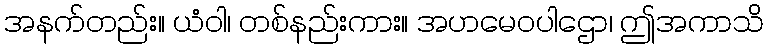
အနက်တည်း။ ယံဝါ၊ တစ်နည်းကား။ အဟမေဝပါဌော၊ ဤအကာသိ